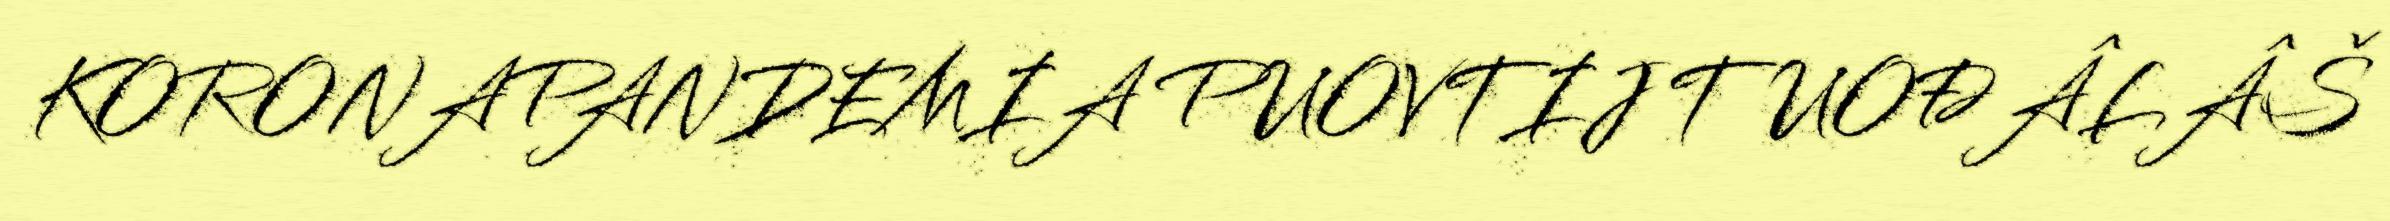
KORONAPANDEMIA PUOVTIJ TUOĐÂLÂŠ